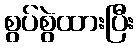
စွပ်စွဲထားပြီး